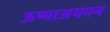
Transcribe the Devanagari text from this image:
ऊष्माअयनन